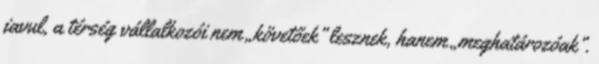
javul, a térség vállalkozói nem „követőek” lesznek, hanem „meghatározóak”.